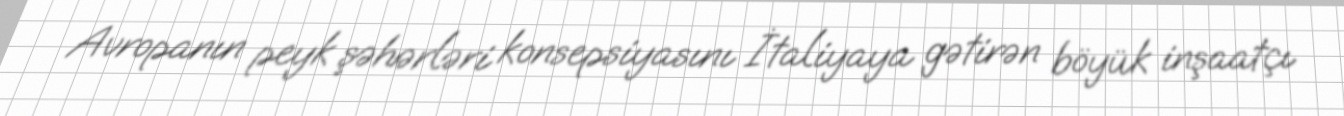
Avropanın peyk şəhərləri konsepsiyasını İtaliyaya gətirən böyük inşaatçı